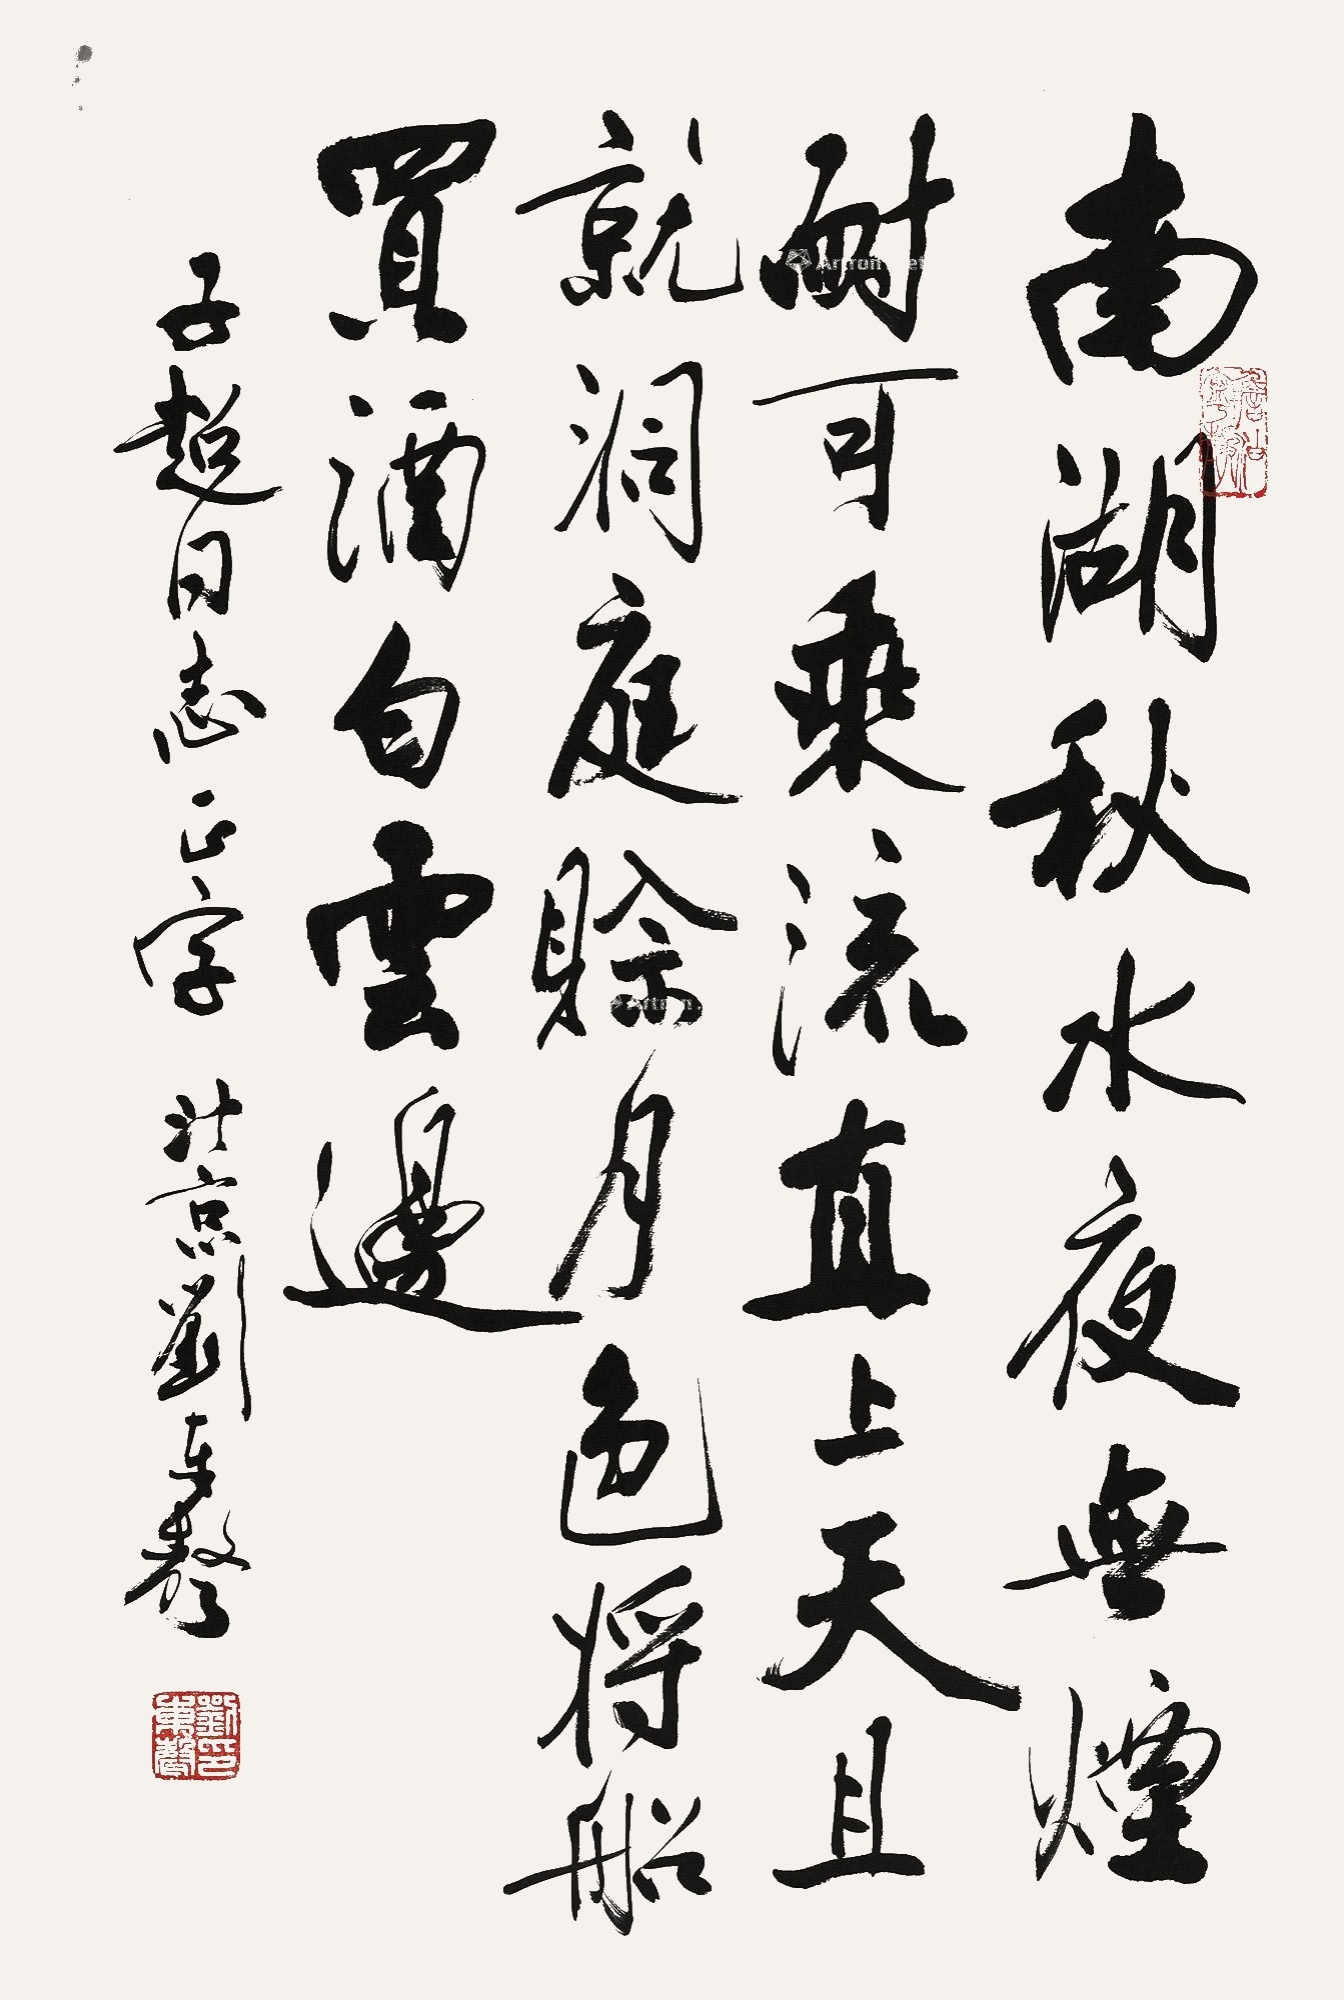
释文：南湖秋水夜无烟，耐可乘流直上天。且就洞庭赊月色，将船买酒白云边。子超同志正字，北京刘东声。